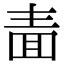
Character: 𭍥